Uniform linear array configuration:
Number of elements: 4
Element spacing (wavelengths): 0.5
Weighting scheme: blackman
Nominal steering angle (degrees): -15
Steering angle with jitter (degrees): -15.257
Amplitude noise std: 0.05
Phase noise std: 0.05

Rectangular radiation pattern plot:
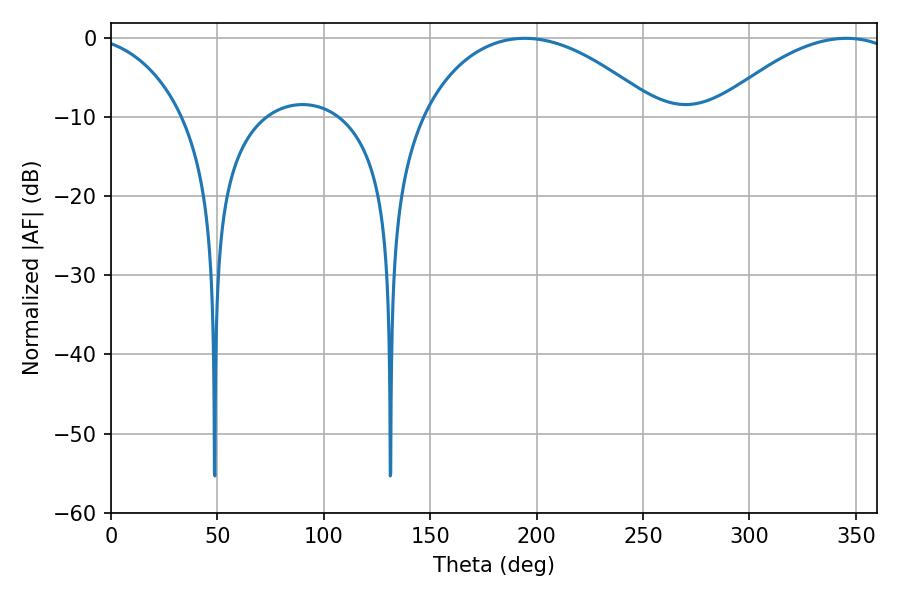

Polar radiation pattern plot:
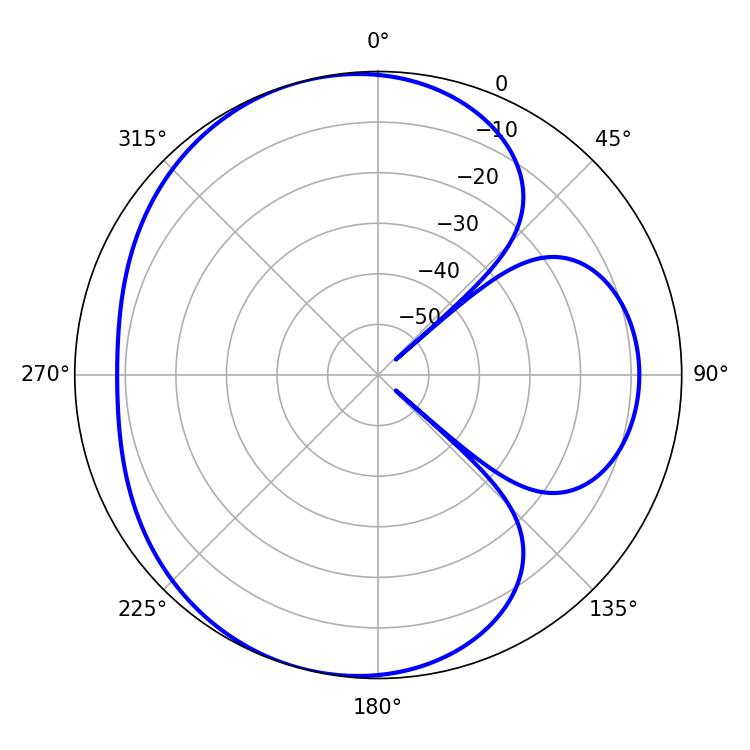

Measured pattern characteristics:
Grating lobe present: FALSE
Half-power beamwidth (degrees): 62.82
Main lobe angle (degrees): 194.4